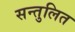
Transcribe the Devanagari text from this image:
सन्‍तुलित